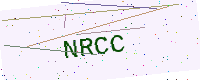
Text: NRCC